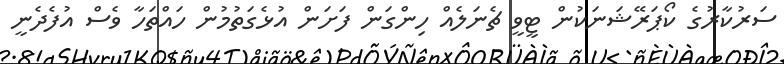
ސަރުކާރުގެ ކޯޕަރޭޝަނަކުން ޓީވީ ޗެނަލެއް ހިންގަން ފަށަން އުޅެގަތުމުން ހައްތަހާ ވެސް އުފެދެނީ